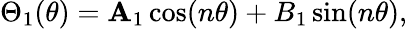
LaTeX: \Theta_{1}(\theta)=\mathbf{A}_{1}\cos(n\theta)+B_{1}\sin(n\theta),